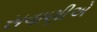
સવાણીએ